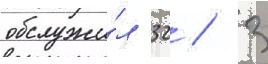
обслужи́л 32 / 3